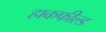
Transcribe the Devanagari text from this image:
हाकफील्ड